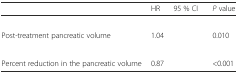
<table><thead><tr><td>[EMPTY_CELL]</td><td><b>HR</b></td><td><b>95 % CI</b></td><td><b><i>P</i> value</b></td></tr></thead><tbody><tr><td colspan="4">[EMPTY_CELL]</td></tr><tr><td>Post-treatment pancreatic volume</td><td>1.04</td><td>[EMPTY_CELL]</td><td>0.010</td></tr><tr><td colspan="4">[EMPTY_CELL]</td></tr><tr><td>Percent reduction in the pancreatic volume</td><td>0.87</td><td>[EMPTY_CELL]</td><td>&lt;0.001</td></tr></tbody></table>